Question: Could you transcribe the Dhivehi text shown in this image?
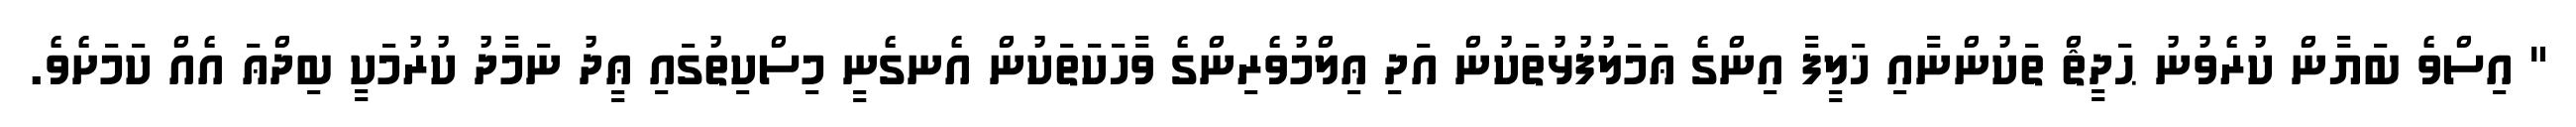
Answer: " އިސްވެ ބަޔާން ކުރެވުނު ޙަދީޘް ތަކުންނާއި ޚަލީފާ އިންގެ ޢަމަލުފުޅުތަކުން އަދި ޢިލްމުވެރިންގެ ވާހަކަތަކުން އެނގެނީ މިސްކިތުގައި ޢީދު ނަމާދު ކުރުމަކީ ބިދްޢަ އެއް ކަމަށެވެ.